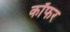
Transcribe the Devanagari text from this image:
कॉफर